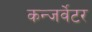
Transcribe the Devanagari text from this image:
कन्जर्वेटर